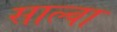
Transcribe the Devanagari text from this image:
साल्वा